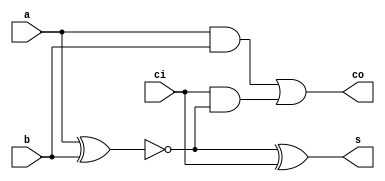
module top(a, b, ci, s, co);
    input a,b,ci;
    output s,co;
    wire a,b,ci,s,co;
    wire i1,i2,i3,i4;
    not dao1(i8, a);
    not dao2(i9, i8);
    not dao3(i10, i9);
    not dao4(i11, i10);
    buf buf1(i5, i1);
    not i1(i6, i3);
    not i2(i7, i6);
    xnor xnor1(i1, i11, b);
    and and1(i2, a, b);
    xnor xnor2(i3, i5, ci);
    not i3(s, i7);
    and and2(i4, ci, i5);
    or or1(co, i2, i4);
endmodule